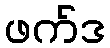
ဖက်ဒ